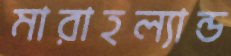
মারাহল্যান্ড